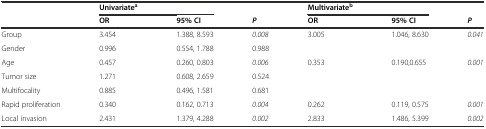
| <ROWSPAN=2>  | Univariatea |  |  | Multivariateb |  |  |
 | OR | 95% CI | P | OR | 95% CI | P |
 | --- | --- | --- | --- | --- | --- | --- |
 | Group | 3.454 | 1.388, 8.593 | 0.008 | 3.005 | 1.046, 8.630 | 0.041 |
 | Gender | 0.996 | 0.554, 1.788 | 0.988 |  |  |  |
 | Age | 0.457 | 0.260, 0.803 | 0.006 | 0.353 | 0.190,0.655 | 0.001 |
 | Tumor size | 1.271 | 0.608, 2.659 | 0.524 |  |  |  |
 | Multifocality | 0.885 | 0.496, 1.581 | 0.681 |  |  |  |
 | Rapid proliferation | 0.340 | 0.162, 0.713 | 0.004 | 0.262 | 0.119, 0.575 | 0.001 |
 | Local invasion | 2.431 | 1.379, 4.288 | 0.002 | 2.833 | 1.486, 5.399 | 0.002 |